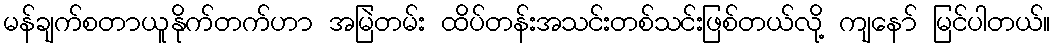
မန်ချက်စတာယူနိုက်တက်ဟာ အမြဲတမ်း ထိပ်တန်းအသင်းတစ်သင်းဖြစ်တယ်လို့ ကျနော် မြင်ပါတယ်။